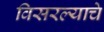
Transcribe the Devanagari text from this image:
विसरल्याचे